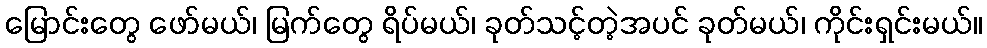
မြောင်းတွေ ဖော်မယ်၊ မြက်တွေ ရိပ်မယ်၊ ခုတ်သင့်တဲ့အပင် ခုတ်မယ်၊ ကိုင်းရှင်းမယ်။